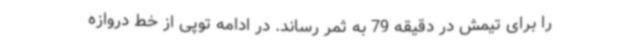
را برای تیمش در دقیقه 79 به ثمر رساند. در ادامه توپی از خط دروازه